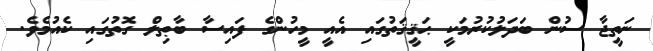
ނަތީޖާ ސުން ބަދަލުކުރުމަކީ ޙަޤީޤަތުގައި އެއީ މީހުންގެ ފައިސާ ބާޠިލް ގޮތުގައި ކެއުމެވެ.